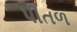
પીતળ